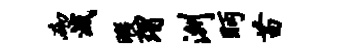
砌灭暇瑁洲眄苗